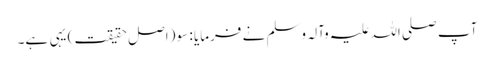
آپ صلی اللہ علیہ وآلہ وسلم نے فرمایا : سو (اصل حقیقت) یہی ہے۔